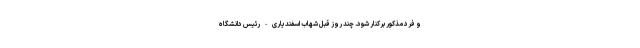
و فرد مذکور برکنار شود. چند روز قبل شهاب اسفندیاری - رئیس دانشگاه